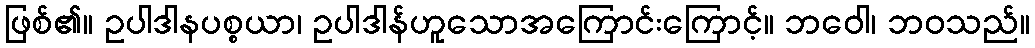
ဖြစ်၏။ ဥပါဒါနပစ္စယာ၊ ဥပါဒါန်ဟူသောအကြောင်းကြောင့်။ ဘဝေါ၊ ဘဝသည်။